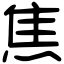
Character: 焦